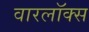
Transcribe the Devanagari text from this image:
वारलॉक्स